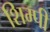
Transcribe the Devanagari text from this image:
शिम्पी